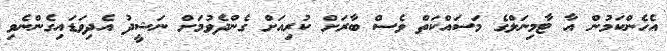
އެހެންކަމުން އާ ޓާމިނަލްގެ މަސައްކަތް ވެސް ބާރަށް ކުރިއަށް ގެންދެވުމަށް ނަޝީދު އެދިވަޑައިގެންނެވި